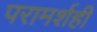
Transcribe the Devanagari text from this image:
परामर्शही